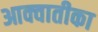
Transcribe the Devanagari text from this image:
आक्वातीका